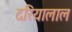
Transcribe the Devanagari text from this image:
दरियालाल